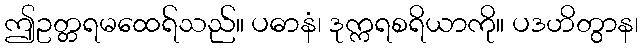
ဤဥတ္တရမထေရ်သည်။ ပဓာနံ၊ ဒုက္ကရစရိယာကို။ ပဒဟိတွာန၊